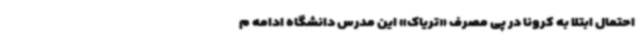
احتمال ابتلا به کرونا در پی مصرف «تریاک» این مدرس دانشگاه ادامه م